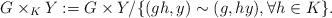
LaTeX: \begin{align*}G\times_K Y:= G\times Y/\{(gh, y)\sim(g, hy), \forall h\in K\}.\end{align*}